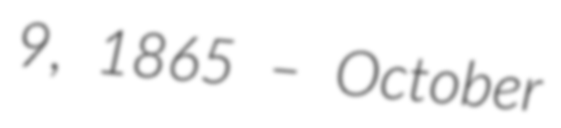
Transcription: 9, 1865 – October